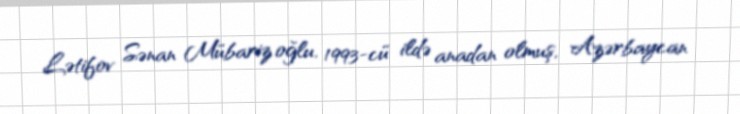
Lətifov Sənan Mübariz oğlu, 1993-cü ildə anadan olmuş, Azərbaycan